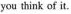
you think of it.